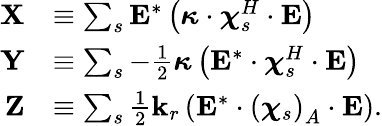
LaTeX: \begin{array}{rl}{\mathbf{X}}&{\equiv\sum_{s}\mathbf{E}^{*}\left(\boldsymbol{\kappa}\cdot\boldsymbol{\chi}_{s}^{H}\cdot\mathbf{E}\right)}\\ {\mathbf{Y}}&{\equiv\sum_{s}-\frac{1}{2}\boldsymbol{\kappa}\left(\mathbf{E}^{*}\cdot\boldsymbol{\chi}_{s}^{H}\cdot\mathbf{E}\right)}\\ {\mathbf{Z}}&{\equiv\sum_{s}\frac{1}{2}\mathbf{k}_{r}\left(\mathbf{E}^{*}\cdot\left(\boldsymbol{\chi}_{s}\right)_{A}\cdot\mathbf{E}\right).}\end{array}